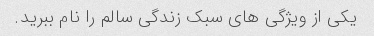
یکی از ویژگی های سبک زندگی سالم را نام ببرید.